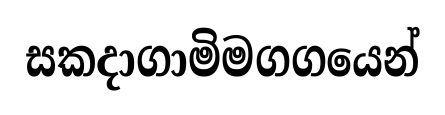
සකදාගාමිමගගයෙන්